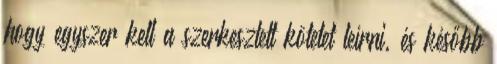
hogy egyszer kell a szerkesztett kötetet leírni, és később